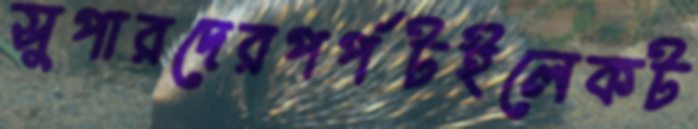
সুপারদেরপর্পটইলেকট